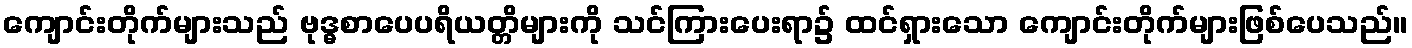
ကျောင်းတိုက်များသည် ဗုဒ္ဓစာပေပရိယတ္တိများကို သင်ကြားပေးရာ၌ ထင်ရှားသော ကျောင်းတိုက်များဖြစ်ပေသည်။